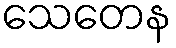
သေတေန